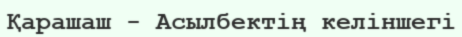
Қарашаш - Асылбектің келіншегі